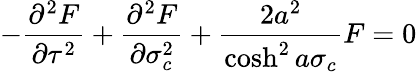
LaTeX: -\frac{{\partial}^{2}F}{{\partial}\tau^{2}}+\frac{{\partial}^{2}F}{{\partial}\sigma_{c}^{2}}+\frac{2a^{2}}{\cosh^{2}a\sigma_{c}}F=0